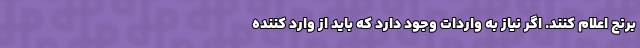
برنج اعلام کنند. اگر نیاز به واردات وجود دارد که باید از وارد کننده